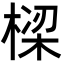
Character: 𬃩